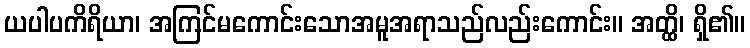
ယပါပကိရိယာ၊ အကြင်မကောင်းသောအမူအရာသည်လည်းကောင်း။ အတ္ထိ၊ ရှိ၏။